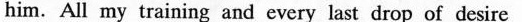
him. All my training and every last drop of desire